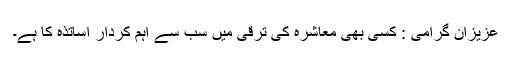
عزیزان گرامی : کسی بھی معاشرہ کی ترقی میں سب سے اہم کردار اساتذہ کا ہے۔